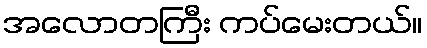
အလောတကြီး ကပ်မေးတယ်။